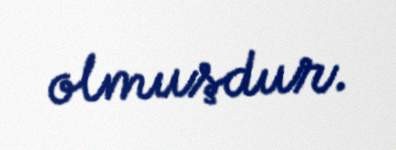
olmuşdur.